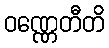
ဝဏ္ဏေတီတိ